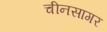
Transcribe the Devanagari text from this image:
चीनसागर